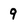
Character: 9